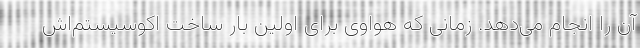
آن را انجام می‌دهد. زمانی که هواوی برای اولین بار ساخت اکوسیستم‌اش